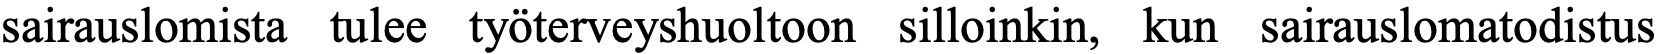
sairauslomista tulee työterveyshuoltoon silloinkin, kun sairauslomatodistus